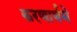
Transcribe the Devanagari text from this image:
करणार्थमे